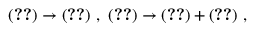
( \ref { s i x f 1 } ) \rightarrow ( \ref { s i x f 1 } ) ~ , ~ ( \ref { s i x f 2 } ) \rightarrow ( \ref { s i x f 2 } ) + ( \ref { s s i x f } ) ~ ,